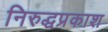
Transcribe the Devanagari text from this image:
निरुद्धप्रकाश